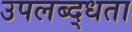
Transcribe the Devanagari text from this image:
उपलब्द्धता